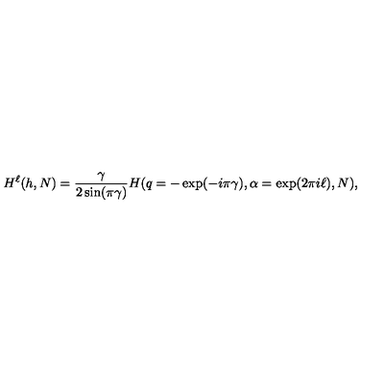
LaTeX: H ^ { \ell } ( h , N ) = \frac { \gamma } { 2 \sin ( \pi \gamma ) } H ( q = - \exp ( - i \pi \gamma ) , \alpha = \exp ( 2 \pi i \ell ) , N ) ,